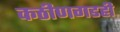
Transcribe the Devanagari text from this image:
कठीणगडही